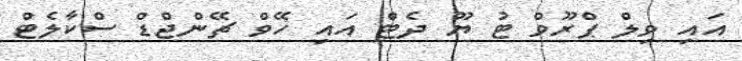
އައި ވިލް ޕްރޫވް ޓު ޔޫ ދެޓް އައި ހޭވް ޗޭންޖްޑް ސްކާލެޓް